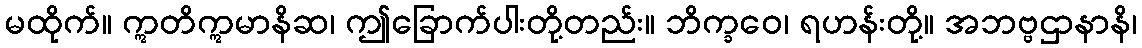
မထိုက်။ ဣတိဣမာနိဆ၊ ဤခြောက်ပါးတို့တည်း။ ဘိက္ခဝေ၊ ရဟန်းတို့။ အဘဗ္ဗဌာနာနိ၊